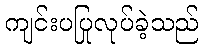
ကျင်းပပြုလုပ်ခဲ့သည်